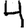
Digit: 4